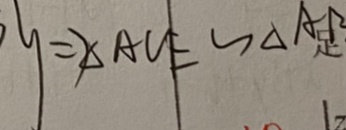
y = \Delta A C E \sim \Delta A B